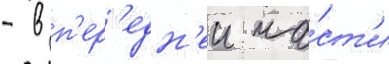
- в п'ер'едн'еи ча́ст'и